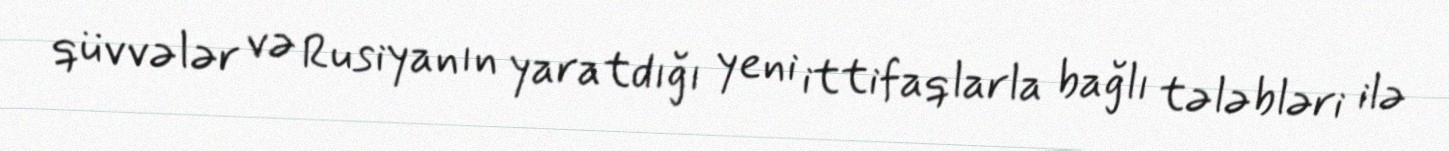
qüvvələr və Rusiyanın yaratdığı yeni ittifaqlarla bağlı tələbləri ilə